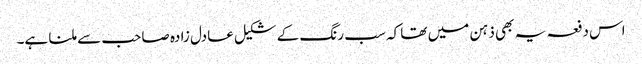
اس دفعہ یہ بھی ذہن میں تھا کہ سب رنگ کے شکیل عادل زادہ صاحب سے ملنا ہے۔